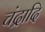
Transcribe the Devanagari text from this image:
चंद्रादि